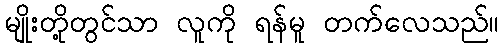
မျိုးတို့တွင်သာ လူကို ရန်မူ တက်လေသည်။